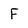
Character: F